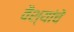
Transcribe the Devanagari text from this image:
वैश्यांचें